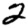
Digit: 2